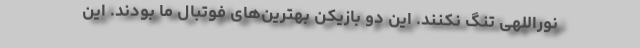
نوراللهی تنگ نکنند. این دو بازیکن بهترین‌های فوتبال ما بودند. این